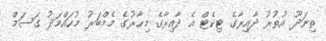
ތިނަދޫ އުތުރު ދާއިރާގެ ޓިކެޓް އެ ދާއިރާގެ މިހާރުގެ މެމްބަރު މުހައްމަދު ގަސަމް